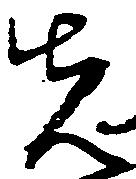
先